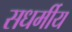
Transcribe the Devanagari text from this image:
सधर्मीय